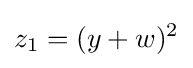
z_{1}=(y+w)^{2}